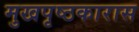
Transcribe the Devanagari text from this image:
मुखपृष्ठकारास